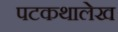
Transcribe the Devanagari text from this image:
पटकथालेख